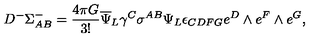
D ^ { - } \Sigma _ { A B } ^ { - } = { \frac { 4 \pi G } { 3 ! } } { \overline { \Psi } } _ { L } \gamma ^ { C } \sigma ^ { A B } \Psi _ { L } \epsilon _ { C D F G } e ^ { D } \wedge e ^ { F } \wedge e ^ { G } ,